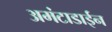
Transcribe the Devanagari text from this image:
अमंटाडाईन